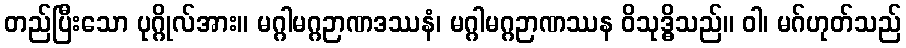
တည်ပြီးသော ပုဂ္ဂိုလ်အား။ မဂ္ဂါမဂ္ဂဉာဏဒဿနံ၊ မဂ္ဂါမဂ္ဂဉာဏဿန ဝိသုဒ္ဓိသည်။ ဝါ၊ မဂ်ဟုတ်သည်